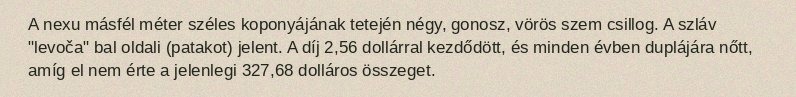
A nexu másfél méter széles koponyájának tetején négy, gonosz, vörös szem csillog. A szláv "levoča" bal oldali (patakot) jelent. A díj 2,56 dollárral kezdődött, és minden évben duplájára nőtt, amíg el nem érte a jelenlegi 327,68 dolláros összeget.